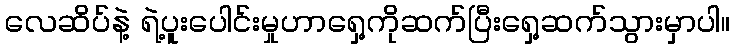
လေဆိပ်နဲ့ ရဲ့ပူးပေါင်းမှုဟာရှေ့ကိုဆက်ပြီးရှေ့ဆက်သွားမှာပါ။